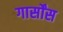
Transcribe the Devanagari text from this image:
गार्सोंस